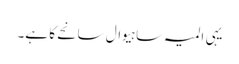
یہی المیہ ساہیوال سانحے کا ہے۔